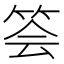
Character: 𥭉